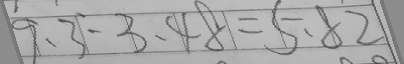
9 . 3 : 3 . 4 8 = 5 . 8 2